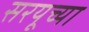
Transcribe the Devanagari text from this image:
सरयूच्या